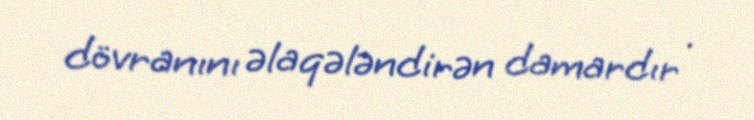
dövranını əlaqələndirən damardır .